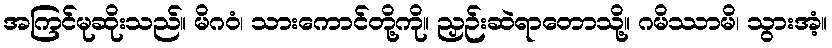
အကြင်မုဆိုးသည်။ မိဂဝံ၊ သားကောင်တို့ကို။ ညှဉ်းဆဲရာတောသို့။ ဂမိဿာမိ၊ သွားအံ့။